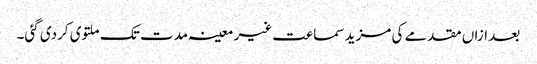
بعد ازاں مقدمے کی مزید سماعت غیر معینہ مدت تک ملتوی کردی گئی۔